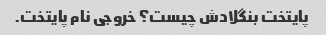
پایتخت بنگلادش چیست؟ خروجی نام پایتخت.